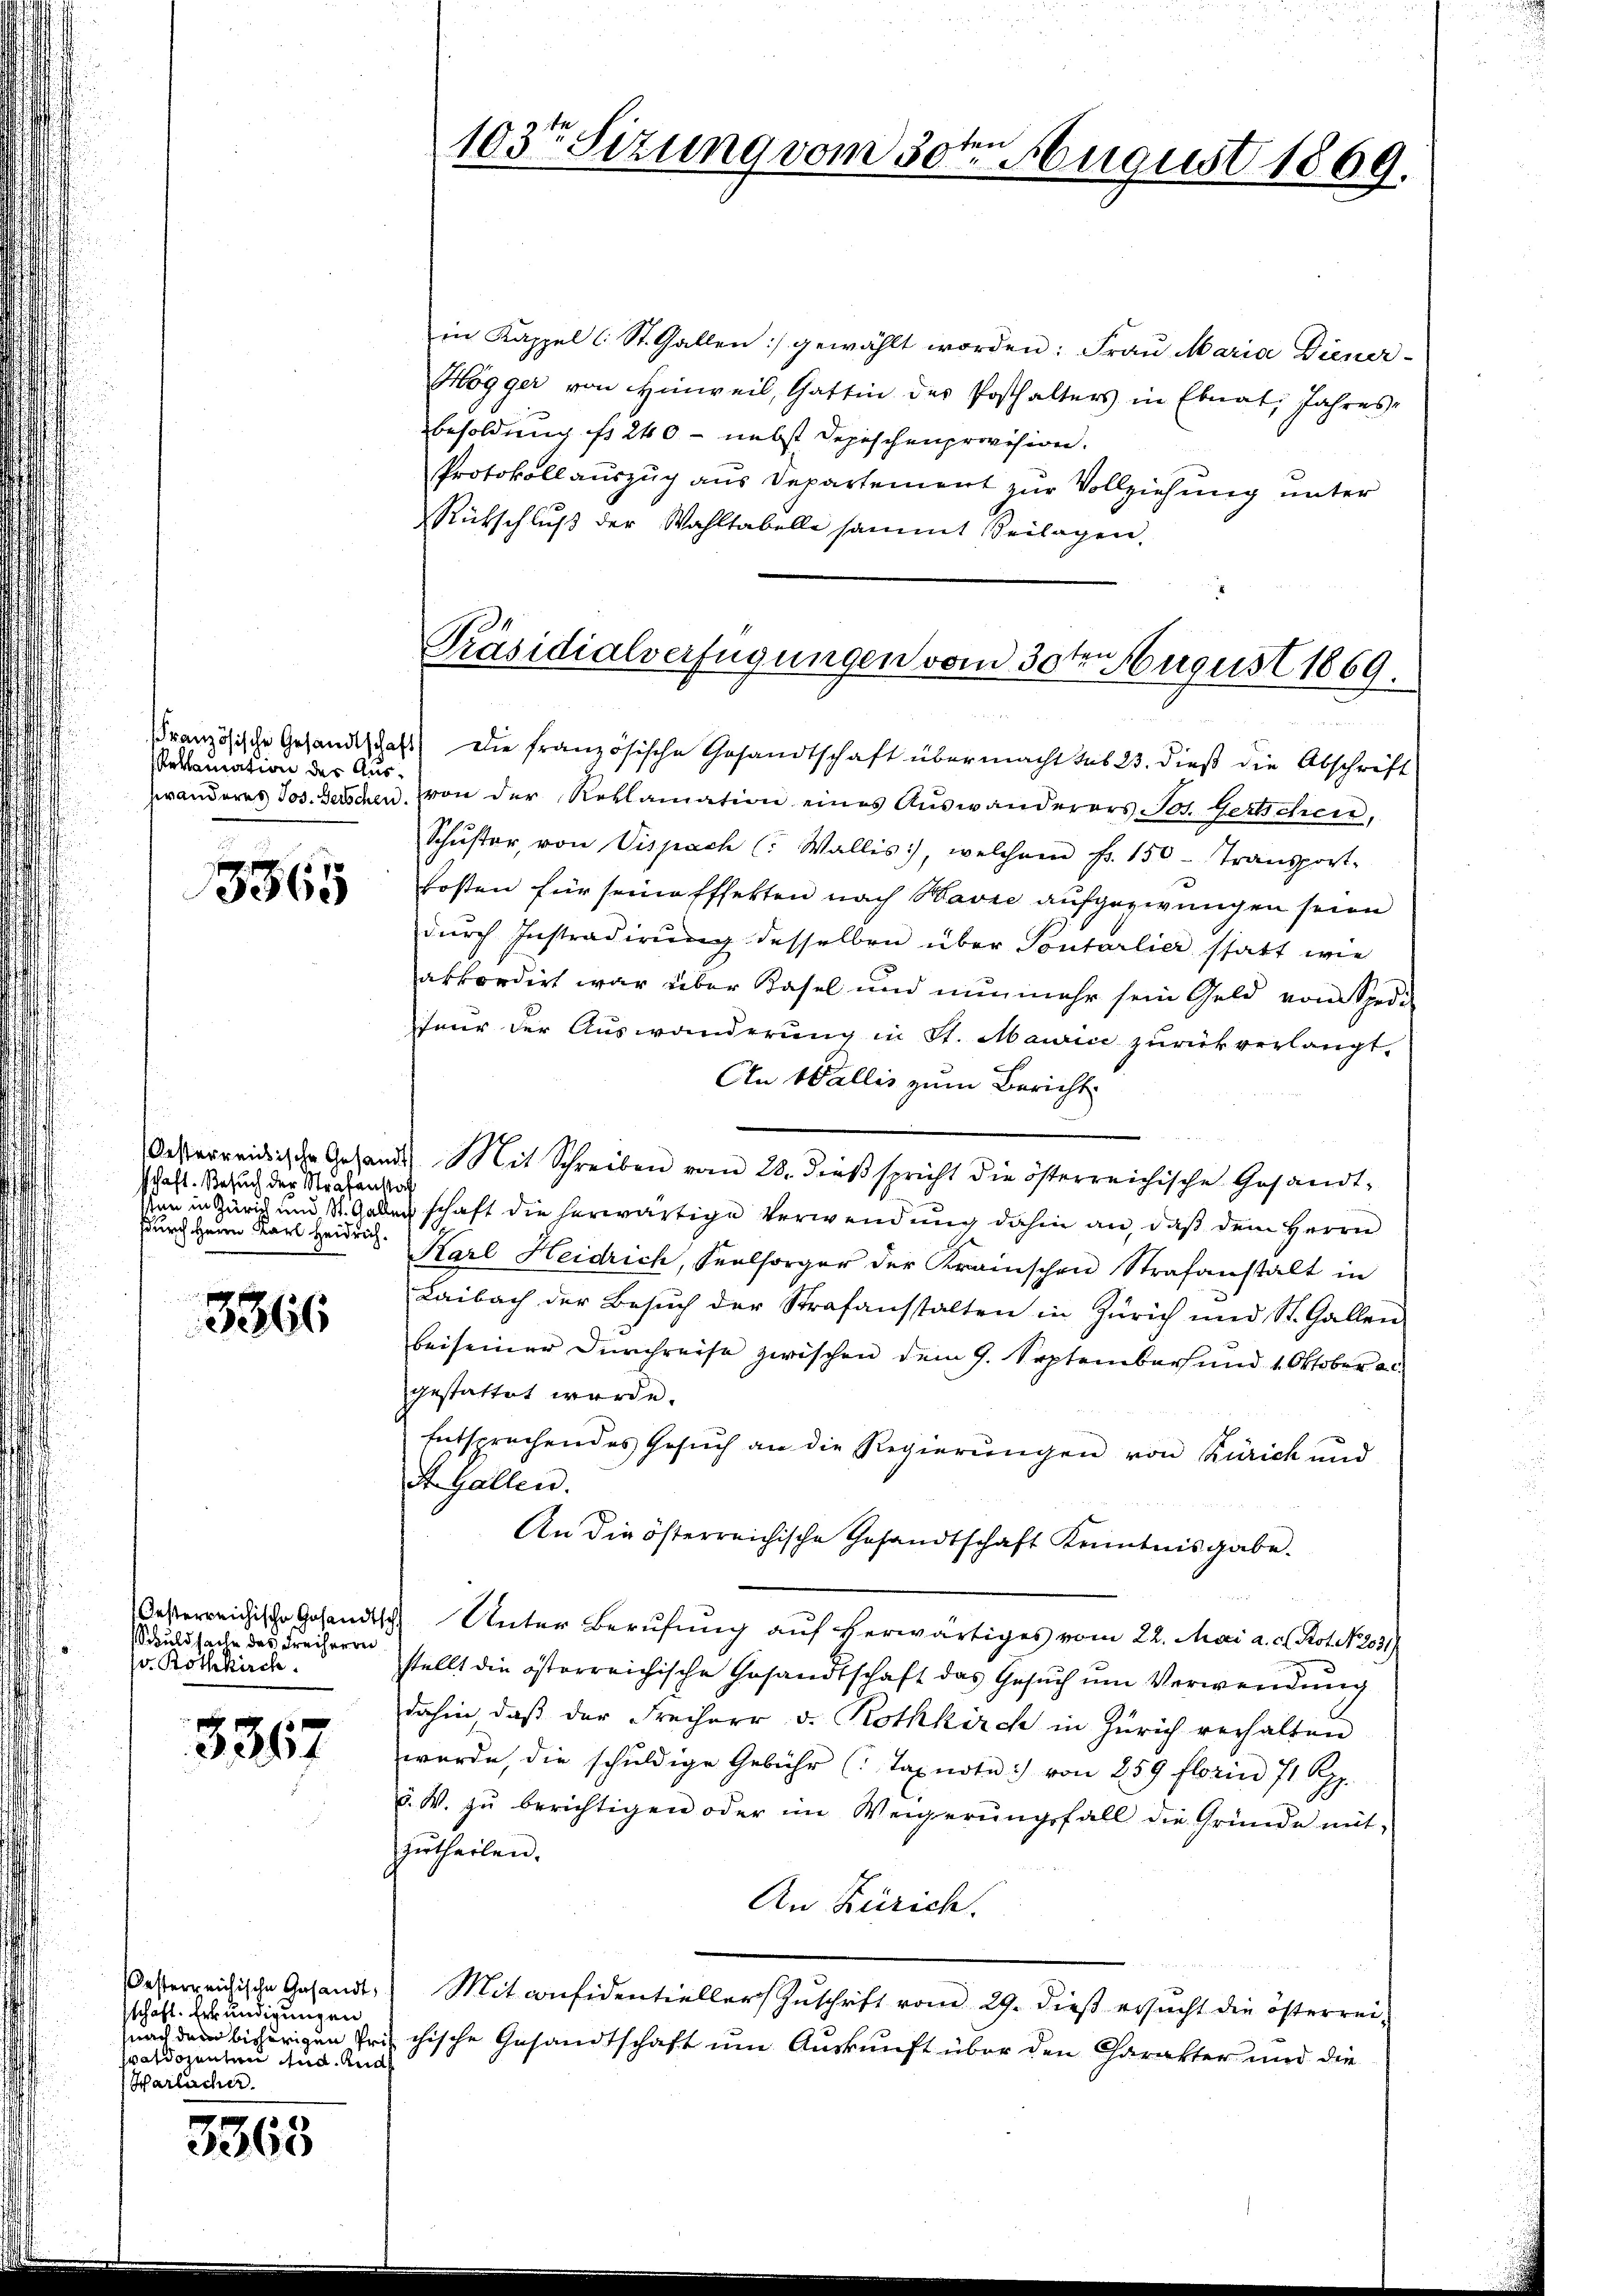
Moklamation des Aus¬

3365

schaft. Besuch der Strafanstat
sdurch Herrn Karl Heidrich.

3366

Oesterreichische Gesandts
Schuld heile des Freiherrn
sv. Rothkirch

3367

Oesterreichische Gesandt,
schaft. Erkundigungen
a der einen eine eine an den
Harlacher.

3363

in Kappel (St. Gallen gewählt worden: Frau Maria Diener-
Högger von Hinweil, Gattin des Posthalters in Ebnat, Jahresbesoldung ist 240 - nebst Depeschenprovision.
Protokollauszug aus Departement zur Vollziehung unter
Rückschluß der Wahltabelle sammt Beilagen,
französische Gesandtschaft die französische Gesandtschaft übermacht sub 23. dieß die Abschrift
zwanderes Jos. Beischen von der Reklamation eines Aŭswanderers Jos. Gertschen,
Schŭster, von Vispach (: Wallis, welchem fr. 150 - Transport-
kosten für seine Effekten nach Wavre aufgezwungen seien
dŭrch Instradirŭng desselben über Sontarlier statt wie
akkordirt war über Kasel und nunmehr sein Geld von Spedi
feur der Auswanderung in St. Maurice zurückverlangt,
An Wallis zum Bericht
Oesterreidige Gehande Mit Schreiben vom 28. dieβ spricht die österreichische Gesandt-
Wan in Zürich und St. Gadenschaft die herwärtige Verwendung dahin an, daß dem Herrn
Karl Heidrich, Seelsorger der Kraischen Strafanstalt in
Laibach der Besŭch der Strafanstalten in Zürich und St. Gallen
beiseiner Durchreise zwischen dem 9. September und 1. Oktober a.
gestattet werde.
Entsprechendes Gesuch an die Regierungen von Zürich und
ser Gallen.
An die österreichische Gesandtschaft Kenntnisgabe.
u Unter Berufung auf herwärtiges vom 22. Mai a. c. Rot. 2031)
stellt die österreichische Gesandtschaft das Gesŭch ŭm Verwendŭng
dahin, daß der Freiherr v. Rothkirch in Zürich verhalten
wurde, die schuldige Gebühr (Taxuote von 259 florin 71 Rp.
d. W. zŭ berichtigen oder im Weigerŭngsfall die Gründe mit-
zutheilen.
An Zürich.
Mitconfidentieller Zuschrift vom 29. dieß ersucht die österrei-
uach der bisherigen Priechische Gesandtschaft um Auskunft über den Charakter und die

103ten Sizung vom 30ten August 1809.

Präsidialverfügungen vom 30ten August 1869.